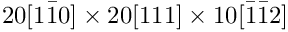
2 0 [ 1 \bar { 1 } 0 ] \times 2 0 [ 1 1 1 ] \times 1 0 [ \bar { 1 } \bar { 1 } 2 ]